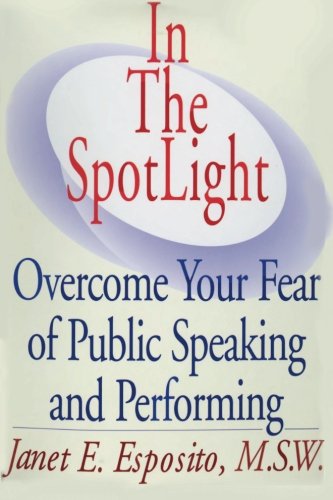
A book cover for In The SpotLight, Overcome Your Fear of Public Speaking and Performing; Janet E Esposito; Self-Help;